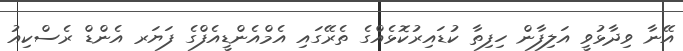
އޭނާ ވިދާޅުވީ އަލިފާން ހިފިތާ ކުޑައިރުކޮޅެއްގެ ތެރޭގައި އެމްއެންޑީއެފްގެ ފަޔަރ އެންޑް ރެސްކިއު